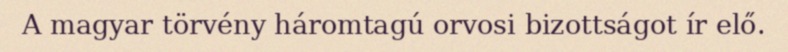
A magyar törvény háromtagú orvosi bizottságot ír elő.